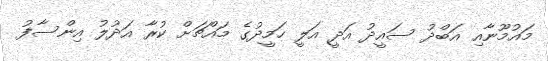
މައުމޫނާއި އަބްދު ސައީދު އަދީ އަލީ ހަމީދުގެ މައްޗަށް ކުރާ އަދުލު އިންސާފު